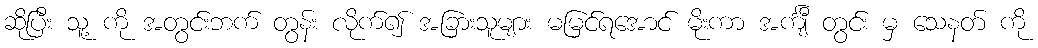
ဆိုပြီး သူ့ ကို အတွင်းဘက် တွန်း လိုက်၍ အခြားသူများ မမြင်ရအောင် မိုးကာ အင်္ကျီ တွင်း မှ သေနတ် ကို